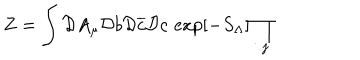
LaTeX: Z = \int \mathcal { D } A _ { \mu } \mathcal { D } b \mathcal { D } \overline { { c } } \mathcal { D } c \, \exp [ - S _ { \Lambda } ] \prod _ { j }